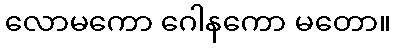
လောမကော ဂေါနကော မတော။